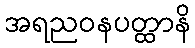
အရညဝနပတ္ထာနိ